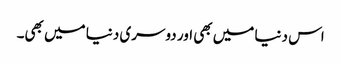
اس دنیا میں بھی اور دوسری دنیا میں بھی۔